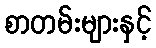
စာတမ်းများနှင့်